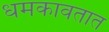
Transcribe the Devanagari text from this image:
धमकावतात